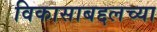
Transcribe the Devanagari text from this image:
विकासाबद्दलच्या